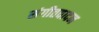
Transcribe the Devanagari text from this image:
संगीतवादन